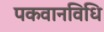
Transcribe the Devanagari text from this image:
पकवानविधि